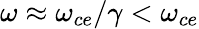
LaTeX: \omega\approx\omega_{ce}/\gamma<\omega_{ce}